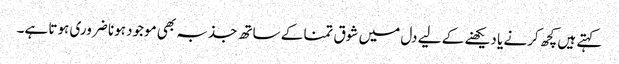
کہتے ہیں کچھ کرنے یا دیکھنے کے لیے دل میں شوق تمنا کے ساتھ جذبہ بھی موجود ہونا ضروری ہوتا ہے۔